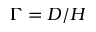
\Gamma = D / H